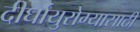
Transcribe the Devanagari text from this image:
दीर्घायुरोग्यासाठी